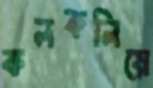
কলকলিয়ে